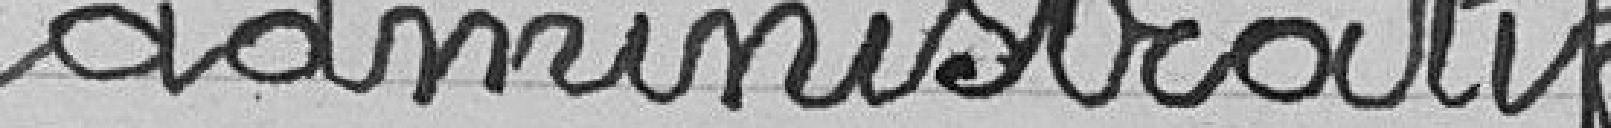
administratif